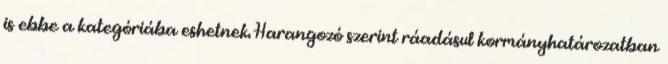
is ebbe a kategóriába eshetnek. Harangozó szerint ráadásul kormányhatározatban